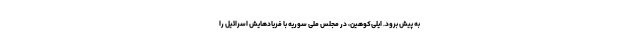
به پیش برود. ایلی‌کوهین، در مجلس ملی سوریه با فریادهایش اسرائیل را